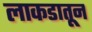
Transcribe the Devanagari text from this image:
लाकडातून